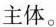
主体。